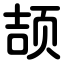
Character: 颉